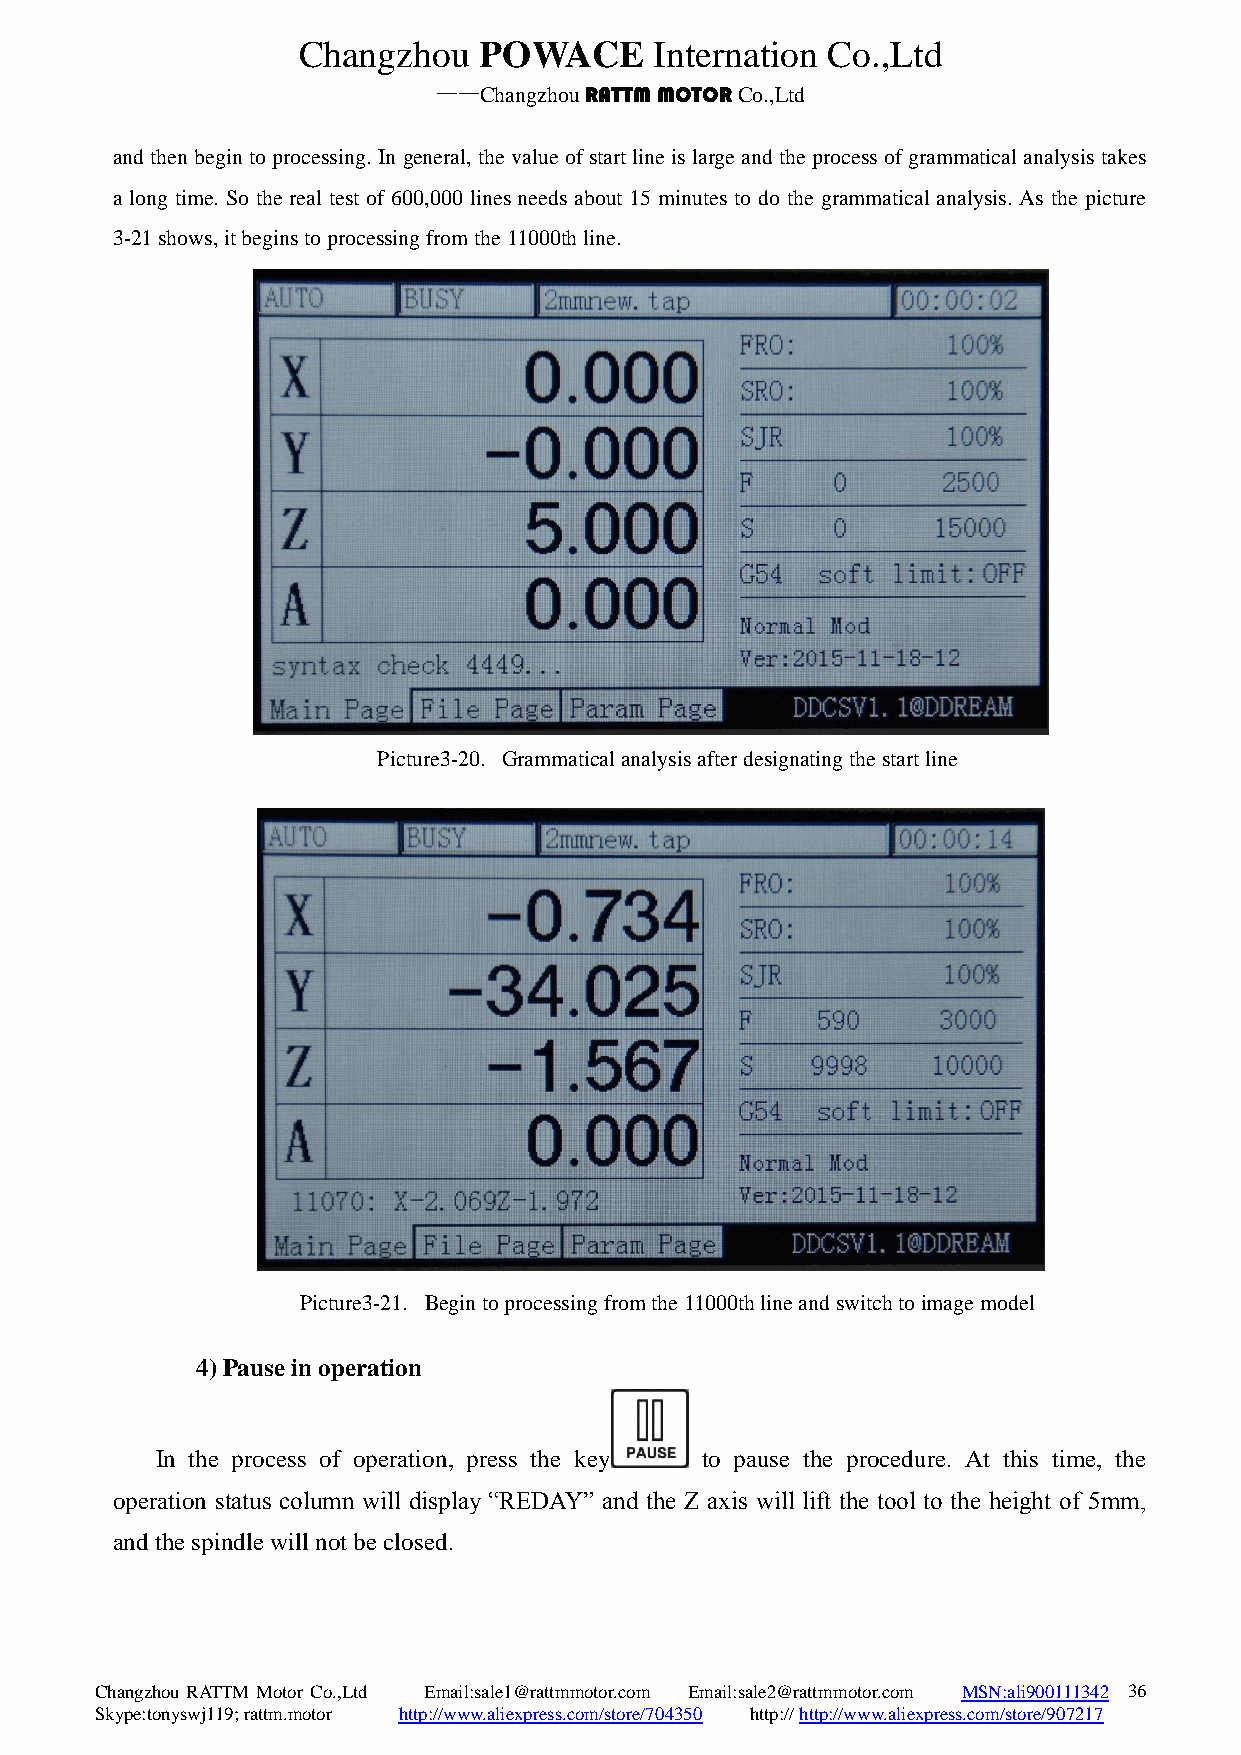
Changzhou   POWACE     Internation Co.,Ltd
 ——Changzhou RATTM MOTOR Co.,Ltd
 and then begin to processing. In general, the value of start line is large and the process of grammatical analysis takes
 a long time. So the real test of 600,000 lines needs about 15 minutes to do the grammatical analysis. As the picture
 3-21 shows, it begins to processing from the 11000th line.
 Picture3-20. Grammatical analysis after designating the start line
 Picture3-21. Begin to processing from the 11000th line and switch to image model
 4) Pause in operation
 In the process of operation, press the key to pause the procedure. At this time, the
 operation status column will display “REDAY” and the Z axis will lift the tool to the height of 5mm,
 and the spindle will not be closed.
 Changzhou RATTM Motor Co.,Ltd Email:sale1@rattmmotor.com Email:sale2@rattmmotor.com MSN:ali900111342 3 6
 Skype:tonyswj119; rattm.motor http://www.aliexpress.com/store/704350 http:// http://www.aliexpress.com/store/907217